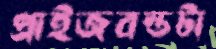
প্রাইজবন্ডটা